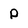
Character: p